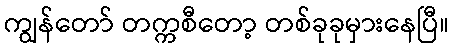
ကျွန်တော် တက္ကစီတော့ တစ်ခုခုမှားနေပြီ။